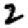
Digit: 2